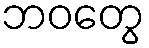
ဘဝတွေ